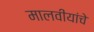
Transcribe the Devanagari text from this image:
मालवीयांचे